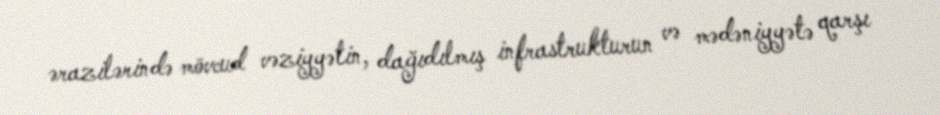
ərazilərində mövcud vəziyyətin, dağıdılmış infrastrukturun və mədəniyyətə qarşı